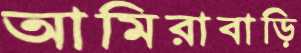
আমিরাবাড়ি